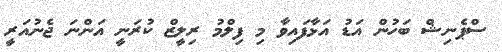
ސްޕެނިޝް ބަހުން އަޑު އަޅާފައިވާ މި ފިލްމު ރިލީޒް ކުރަނީ އަންނަ ޖެނުއަރީ